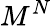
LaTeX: M^{N}